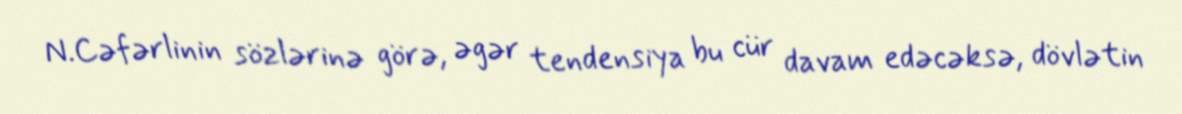
N.Cəfərlinin sözlərinə görə, əgər tendensiya bu cür davam edəcəksə, dövlətin